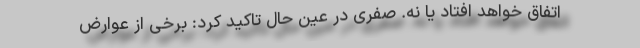
اتفاق خواهد افتاد یا نه. صفری در عین حال تاکید کرد: برخی از عوارض